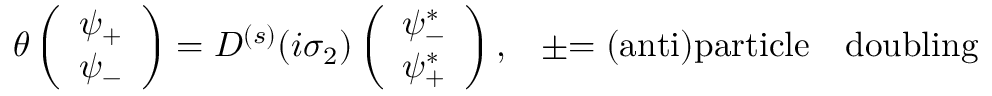
\theta \left( \begin{array} { c } { { \psi _ { + } } } \\ { { \psi _ { - } } } \end{array} \right) = D ^ { ( s ) } ( i \sigma _ { 2 } ) \left( \begin{array} { c } { { \psi _ { - } ^ { * } } } \\ { { \psi _ { + } ^ { * } } } \end{array} \right) , \, \, \, \, \, \pm \mathrm { = ( a n t i ) p a r t i c l e \thinspace ~ \thinspace ~ d o u b l i n g }